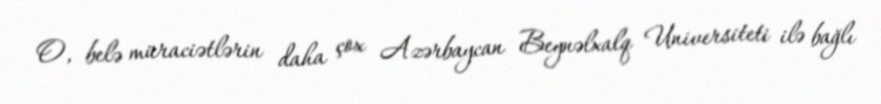
O, belə müraciətlərin daha çox Azərbaycan Beynəlxalq Universiteti ilə bağlı